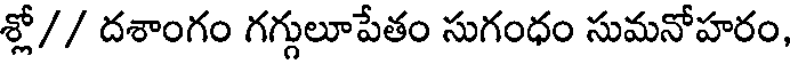
శ్లో// దశాంగం గగ్గులూపేతం సుగంధం సుమనోహరం,